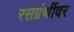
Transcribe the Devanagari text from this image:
रसग्रंथींवर